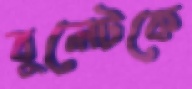
বুলেটকে